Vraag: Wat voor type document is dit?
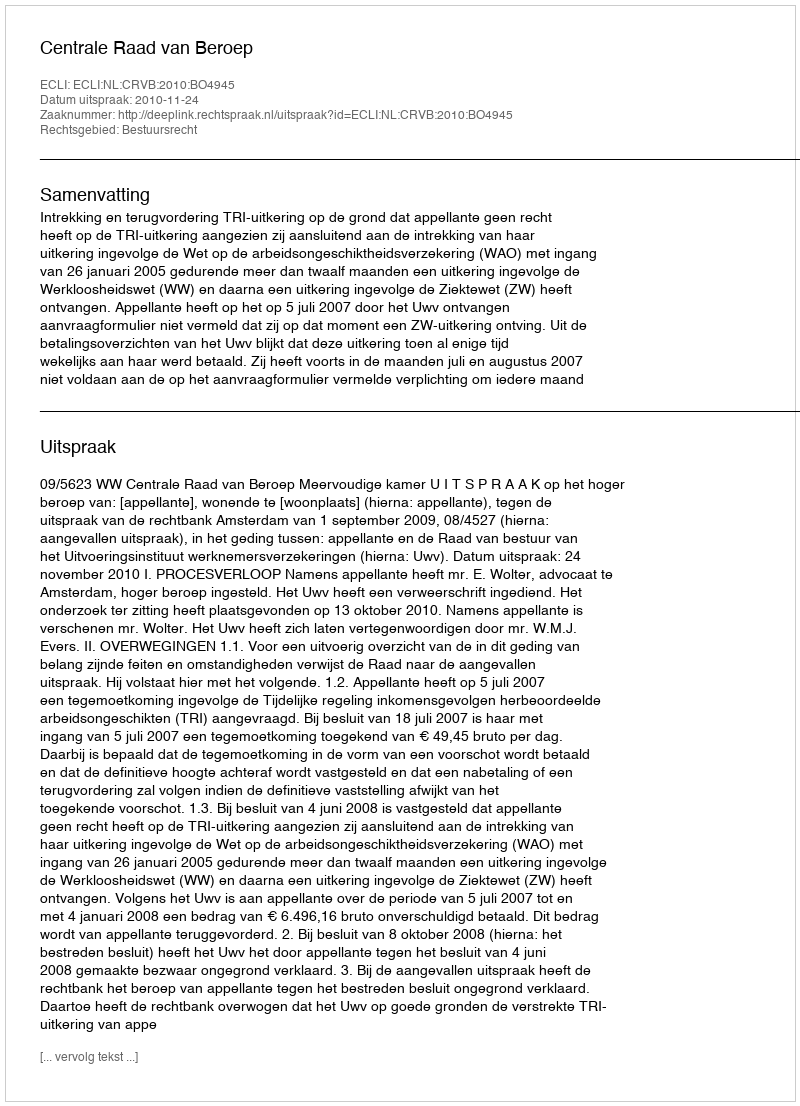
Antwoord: Uitspraak